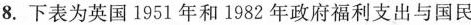
8.下表为英国1951年和1982年政府福利支出与国民